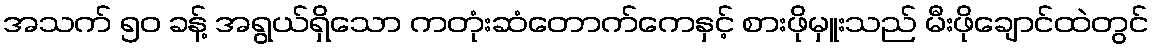
အသက် ၅၀ ခန့် အရွယ်ရှိသော ကတုံးဆံတောက်ကေနှင့် စားဖိုမှူးသည် မီးဖိုချောင်ထဲတွင်